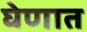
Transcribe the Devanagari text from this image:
घेणात